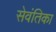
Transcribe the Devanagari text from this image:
सेवंतिका